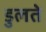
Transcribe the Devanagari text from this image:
डुलते